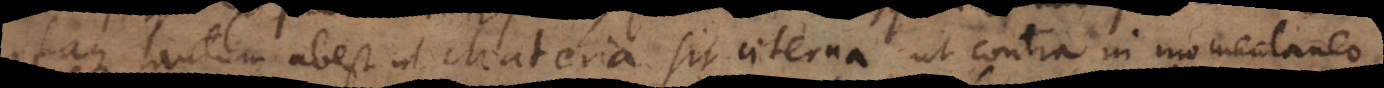
Itaque tantum abest ut Materia sit aeterna ut contra in momentaneo